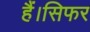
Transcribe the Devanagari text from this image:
हैं।सिफर